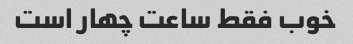
خوب فقط ساعت چهار است